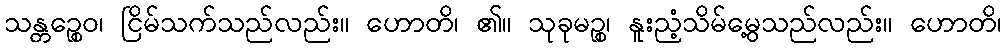
သန္တဉ္စေဝ၊ ငြိမ်သက်သည်လည်း။ ဟောတိ၊ ၏။ သုခုမဉ္စ၊ နူးညံ့သိမ်မွေ့သည်လည်း။ ဟောတိ၊